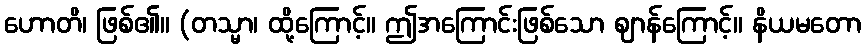
ဟောတိ၊ ဖြစ်၏။ (တသ္မာ၊ ထို့ကြောင့်။ ဤအကြောင်းဖြစ်သော ဈာန်ကြောင့်။ နိယမတော